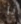
يا